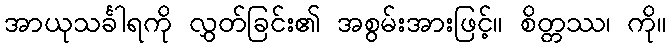
အာယုသင်္ခါရကို လွှတ်ခြင်း၏ အစွမ်းအားဖြင့်။ စိတ္တဿ၊ ကို။